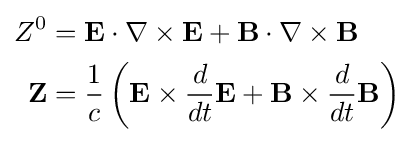
{\begin{aligned}Z^{0}&=\mathbf {E} \cdot \nabla \times \mathbf {E} +\mathbf {B} \cdot \nabla \times \mathbf {B} \\\mathbf {Z} &={\frac {1}{c}}\left(\mathbf {E} \times {\frac {d}{dt}}\mathbf {E} +\mathbf {B} \times {\frac {d}{dt}}\mathbf {B} \right)\end{aligned}}